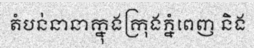
តំបន់នានាក្នុងក្រុងភ្នំពេញ និង